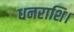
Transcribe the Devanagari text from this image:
धनराशि।